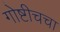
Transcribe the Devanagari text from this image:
गोष्टीचचा